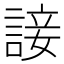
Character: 𧩕